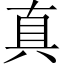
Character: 真